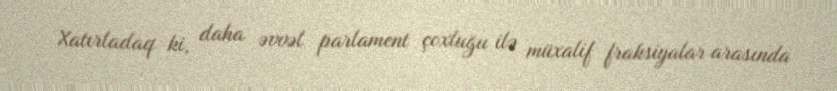
Xatırladaq ki, daha əvvəl parlament çoxluğu ilə müxalif fraksiyalar arasında